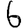
Digit: 6